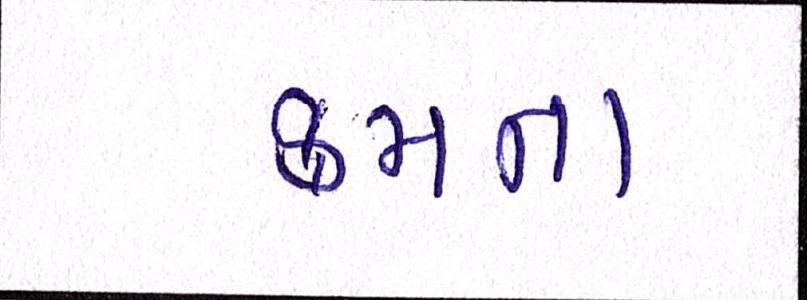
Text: ક્રમના